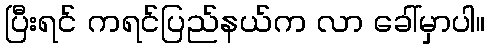
ပြီးရင် ကရင်ပြည်နယ်က လာ ခေါ်မှာပါ။